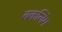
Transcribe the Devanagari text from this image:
बकलिंग